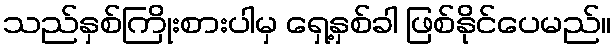
သည်နှစ်ကြိုးစားပါမှ ရှေ့နှစ်ခါ ဖြစ်နိုင်ပေမည်။